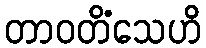
တာဝတိံသေဟိ